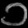
Digit: ၁